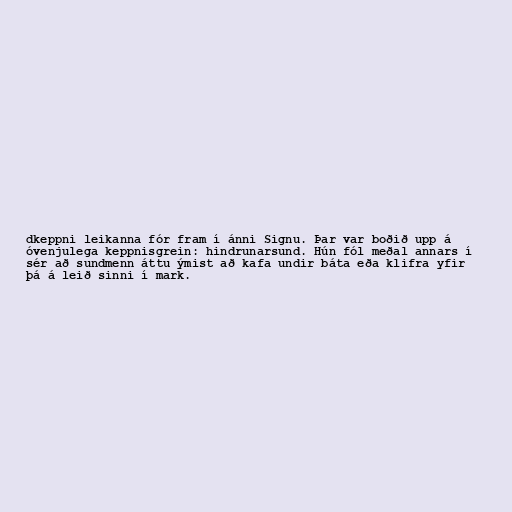
dkeppni leikanna fór fram í ánni Signu. Þar var boðið upp á
óvenjulega keppnisgrein: hindrunarsund. Hún fól meðal annars í
sér að sundmenn áttu ýmist að kafa undir báta eða klifra yfir
þá á leið sinni í mark.